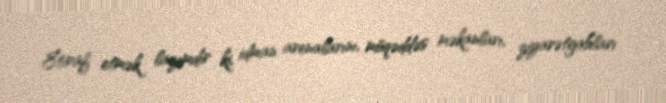
Etiraf etmək lazımdır ki, idman arenalarını, müqəddəs məkanları, ziyarətgahları